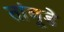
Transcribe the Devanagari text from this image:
तांबूडे